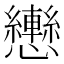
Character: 𢥩